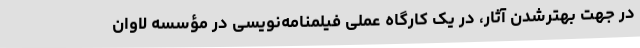
در جهت بهترشدن آثار، در یک کارگاه عملی فیلمنامه‌نویسی در مؤسسه لاوان